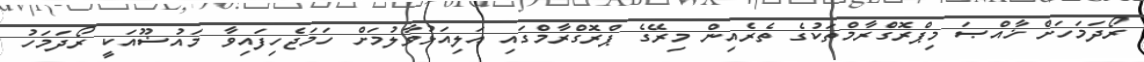
ރޯދަމަހަށް ޚާއްޞަ މިޕްރޮގްެރާމްތަކުގެ ތެރެއިން މިރޭގެ ޕްރޮގްރާމްގައި އަލިއަޅުވާލުމަށް ހަމަޖެހިފައިވާ މައުޟޫއަކީ ރޯދަމަހު